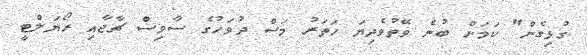
ގުޅިގެން" ކަމަށް ބުނެ ވޭތުވެދިޔަ ހަތަރު މަސް ދުވަހުގެ ސާވިސް ޗާޖާއި ރޯޔަލްޓީ